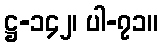
ဋ္ဌ-၁၄၂၊ ပါ-၇၁။